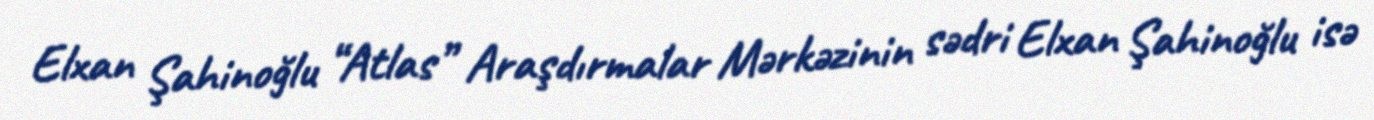
Elxan Şahinoğlu “Atlas” Araşdırmalar Mərkəzinin sədri Elxan Şahinoğlu isə